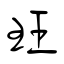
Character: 玨